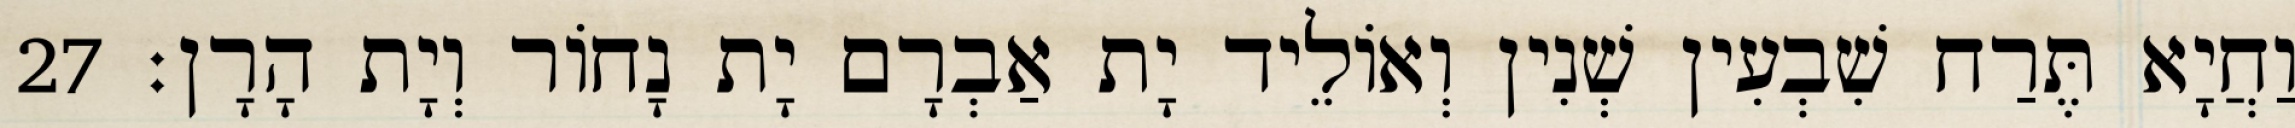
וַחֲיָא תֶּרַח שִׁבְעִין שְׁנִין וְאוֹלֵיד יָת אַבְרָם יָת נָחוֹר וְיָת הָרָן׃ 27